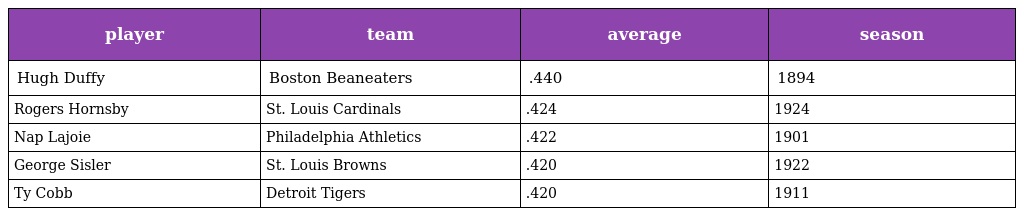
| player | team | average | season |
 | --- | --- | --- | --- |
 | Hugh Duffy | Boston Beaneaters | .440 | 1894 |
 | Rogers Hornsby | St. Louis Cardinals | .424 | 1924 |
 | Nap Lajoie | Philadelphia Athletics | .422 | 1901 |
 | George Sisler | St. Louis Browns | .420 | 1922 |
 | Ty Cobb | Detroit Tigers | .420 | 1911 |